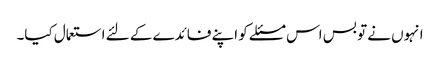
انہوں نے تو بس اس مسئلے کو اپنے فائدے کے لئے استعمال کیا۔